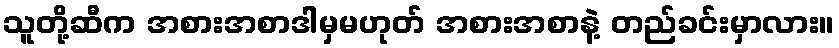
သူတို့ဆီက အစားအစာဒါမှမဟုတ် အစားအစာနဲ့ တည်ခင်းမှာလား။